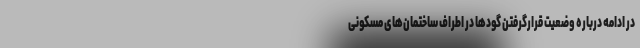
در ادامه درباره وضعیت قرارگرفتن گودها در اطراف ساختمان‌های مسکونی